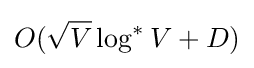
O({\sqrt {V}}\log ^{*}V+D)